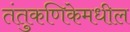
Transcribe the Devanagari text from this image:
तंतुकणिकेमधील